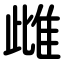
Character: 雌